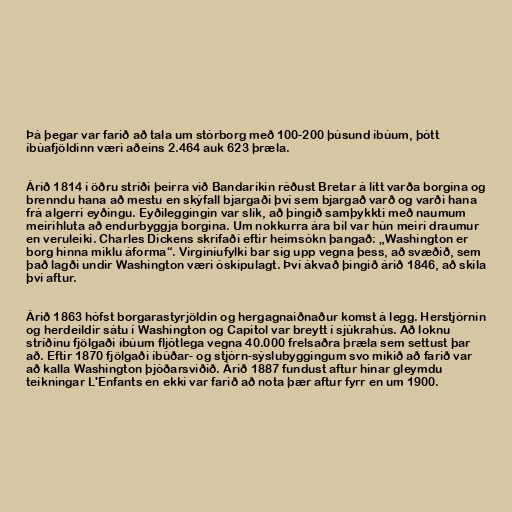
Þá þegar var farið að tala um stórborg með 100-200 þúsund íbúum, þótt
íbúafjöldinn væri aðeins 2.464 auk 623 þræla.

Árið 1814 í öðru stríði þeirra við Bandaríkin réðust Bretar á lítt varða borgina og
brenndu hana að mestu en skýfall bjargaði því sem bjargað varð og varði hana
frá algerri eyðingu. Eyðileggingin var slík, að þingið samþykkti með naumum
meirihluta að endurbyggja borgina. Um nokkurra ára bil var hún meiri draumur
en veruleiki. Charles Dickens skrifaði eftir heimsókn þangað: „Washington er
borg hinna miklu áforma“. Virginíufylki bar sig upp vegna þess, að svæðið, sem
það lagði undir Washington væri óskipulagt. Því ákvað þingið árið 1846, að skila
því aftur.

Árið 1863 hófst borgarastyrjöldin og hergagnaiðnaður komst á legg. Herstjórnin
og herdeildir sátu í Washington og Capitol var breytt í sjúkrahús. Að loknu
stríðinu fjölgaði íbúum fljótlega vegna 40.000 frelsaðra þræla sem settust þar
að. Eftir 1870 fjölgaði íbúðar- og stjórn-sýslubyggingum svo mikið að farið var
að kalla Washington þjóðarsviðið. Árið 1887 fundust aftur hinar gleymdu
teikningar L'Enfants en ekki var farið að nota þær aftur fyrr en um 1900.